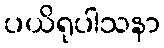
ပယိရုပါသနာ